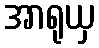
အာရုယှ